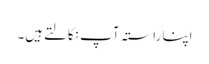
اپنا راستہ آپ نکالتےہیں۔